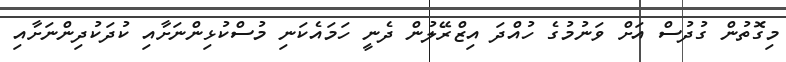
މިގޮތުން ގުދުސް އަށް ވަނުމުގެ ހުއްދަ އިޒްރޭލުން ދެނީ ހަމައެކަނި މުސްކުޅިންނަށާއި ކުދަކުދިންނަށާއި